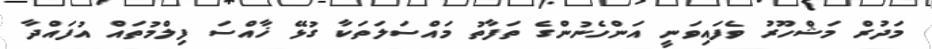
މަދުރް މަޝްހޫރު ވެފައިވަނީ އަންހެނުންގެ ތަފާތު މައްސަލަތަކާ ގުޅޭ ޚާއްސަ ފިލްމުތައް އުފައްދާ